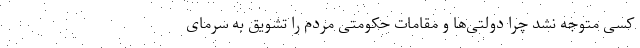
کسی متوجه نشد چرا دولتی‌ها و مقامات حکومتی مردم را تشویق به سرمای